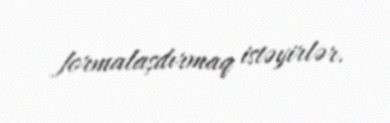
formalaşdırmaq istəyirlər.